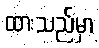
ထားသည်မှာ